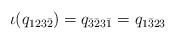
LaTeX: \begin{align*} \iota(q_{123\bar2})=q_{\bar3\bar2 3 \bar 1}=q_{1\bar323}\end{align*}